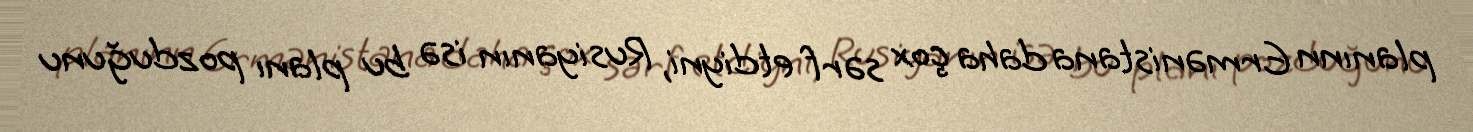
planınn Ermənistana daha çox sərf etdiyni, Rusiyanın isə bu planı pozduğunu